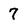
Character: 7